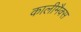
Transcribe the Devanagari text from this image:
कालीमैक्स